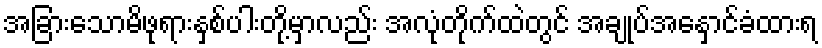
အခြားသောမိဖုရားနှစ်ပါးတို့မှာလည်း အလုံတိုက်ထဲတွင် အချုပ်အနှောင်ခံထားရ